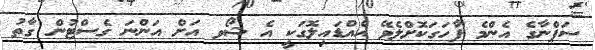
ސަޕްނާގެ އެންމެ ފާހަގަކޮށްލެވޭ އެއްޑައިލޮގަކީ އެ ޝޯވ އަށް އަންނަ ގެސްޓުން ގާތު